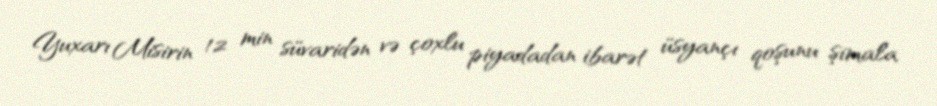
Yuxarı Misirin 12 min süvaridən və çoxlu piyadadan ibarət üsyançı qoşunu şimala